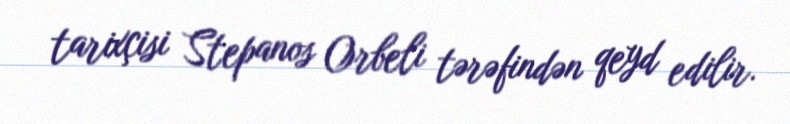
tarixçisi Stepanos Orbeli tərəfindən qeyd edilir.